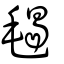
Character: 𣮷